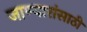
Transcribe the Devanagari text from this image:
जाण्यारांसाठी